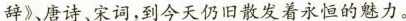
辞》、唐诗、宋词,到今天仍旧散发着永恒的魅力。